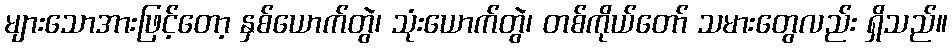
များသောအားဖြင့်တော့ နှစ်ယောက်တွဲ၊ သုံးယောက်တွဲ၊ တစ်ကိုယ်တော် သမားတွေလည်း ရှိသည်။